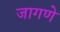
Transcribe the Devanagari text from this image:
जागणे